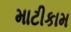
માટીકામ